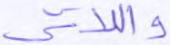
واللاتي